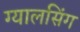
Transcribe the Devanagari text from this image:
ग्‍यालसिंग